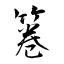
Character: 箞